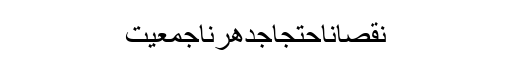
نقصاناحتجاجدھرناجمعیت